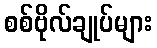
စစ်ဗိုလ်ချုပ်များ